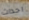
احداث